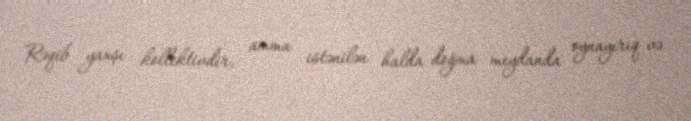
Rəqib yaxşı kollektivdir, amma istənilən halda doğma meydanda oynayırıq və